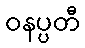
ဝနပ္ပတီ